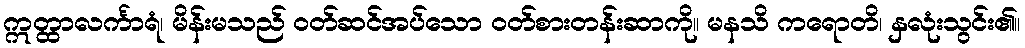
ဣတ္ထာလင်္ကာရံ၊ မိန်းမသည် ဝတ်ဆင်အပ်သော ဝတ်စားတန်းဆာကို။ မနသိ ကရောတိ၊ နှလုံးသွင်း၏။